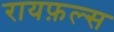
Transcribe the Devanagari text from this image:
रायफ़ल्स